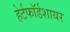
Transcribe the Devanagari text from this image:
हेर्टफाॅर्डशायर